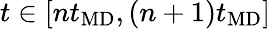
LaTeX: t\in[nt_{\mathrm{MD}},(n+1)t_{\mathrm{MD}}]